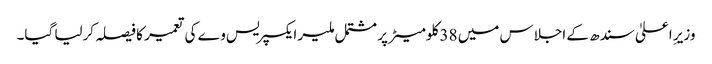
وزیرِ اعلیٰ سندھ کے اجلاس میں 38 کلومیٹر پر مشتمل ملیر ایکسپریس وے کی تعمیر کا فیصلہ کرلیا گیا۔